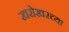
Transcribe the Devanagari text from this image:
खरोखरच्या